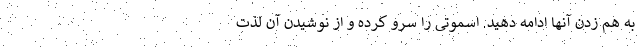
به هم زدن آنها ادامه دهید. اسموتی را سرو کرده و از نوشیدن آن لذت